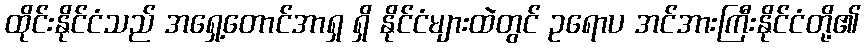
ထိုင်းနိုင်ငံသည် အရှေ့တောင်အာရှ ရှိ နိုင်ငံများထဲတွင် ဥရောပ အင်အားကြီးနိုင်ငံတို့၏